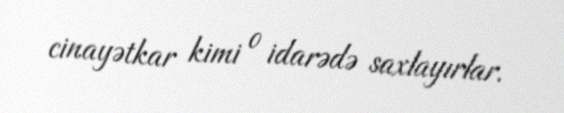
cinayətkar kimi o idarədə saxlayırlar.